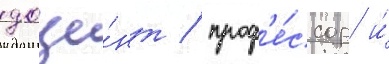
доце́нт / проф'е́ссор и́